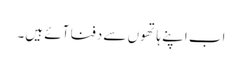
اب اپنے ہاتھوں سے دفنا آئے ہیں۔